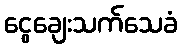
ငွေချေးသက်သေခံ